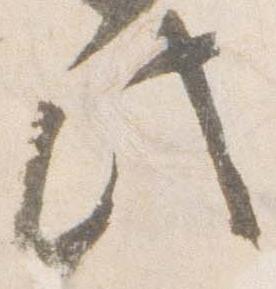
此